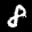
Label: 8